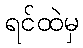
ရင်ထဲမှ